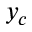
y _ { c }